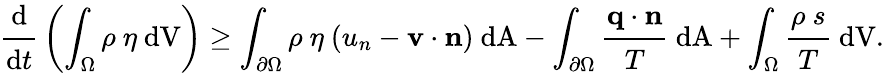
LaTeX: {{\cfrac{\mathrm{d}}{\mathrm{d}t}}\left(\int_{\Omega}\rho~\eta~{\mathrm{{\mathrm{d}V}}}\right)\geq\int_{\partial\Omega}\rho~\eta~(u_{n}-\mathbf{{v}}\cdot\mathbf{{n}})~{\mathrm{{\mathrm{d}A}}}-\int_{\partial\Omega}{\cfrac{\mathbf{{q}}\cdot\mathbf{{n}}}{T}}~{\mathrm{{\mathrm{d}A}}}+\int_{\Omega}{\cfrac{\rho~s}{T}}~{\mathrm{{\mathrm{d}V}}}.}